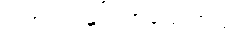
ငါ့အရင် မင်းကပြောကွယ်